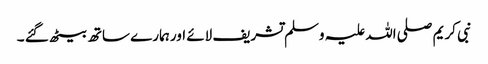
نبی کریم صلی اللہ علیہ وسلم تشریف لائے اور ہمارے ساتھ بیٹھ گئے ۔